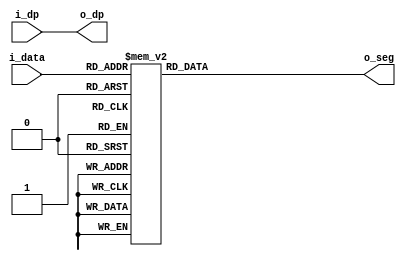
//*******************************FILE HEAD**************************************
//*********************Verilog HDL *********************
// FUNCTION        : 
// AUTHOR          : 
// DATE & REVISION : 
// COMPANY         : Verilog HDL 
// UPDATE          :
//******************************************************************************
`timescale 1ns/1ns

module seg_display
    (
        input [3: 0]i_data, //10 
        input i_dp,       
        
        output [6 : 0] o_seg, //7,ABCDEFG
        output o_dp
    );
    
    //o_code
    reg [6 :0] r_seg;
    
    assign o_dp = i_dp; //
    
    assign o_seg = r_seg; //assign
    
   
    always @(*) //always
    begin
   	    case(i_data)
   	        4'b0000: r_seg = 7'b1111110; //0
   	        4'b0001: r_seg = 7'b0000110; //1
   	        4'b0010: r_seg = 7'b1101101; //2
   	        4'b0011: r_seg = 7'b1111001; //3
   	        4'b0100: r_seg = 7'b0110011; //4
   	        4'b0101: r_seg = 7'b1011011; //5
   	        4'b0110: r_seg = 7'b1011111; //6
   	        4'b0111: r_seg = 7'b1110000; //7
   	        4'b1000: r_seg = 7'b1111111; //8
   	        4'b1001: r_seg = 7'b1111011; //9
   	        4'b1010: r_seg = 7'b1110111; //A
   	        4'b1011: r_seg = 7'b0011111; //b
   	        4'b1100: r_seg = 7'b1001110; //c
   	        4'b1101: r_seg = 7'b0111101; //d
   	        4'b1110: r_seg = 7'b1001111; //E
   	        4'b1111: r_seg = 7'b1000111; //F
   	        default: r_seg = 7'b1111111; //
   	    endcase
	end
    
endmodule

// END OF seg_display.v FILE ***************************************************